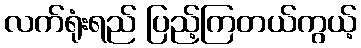
လက်ရုံးရည် ပြည့်ကြတယ်ကွယ့်